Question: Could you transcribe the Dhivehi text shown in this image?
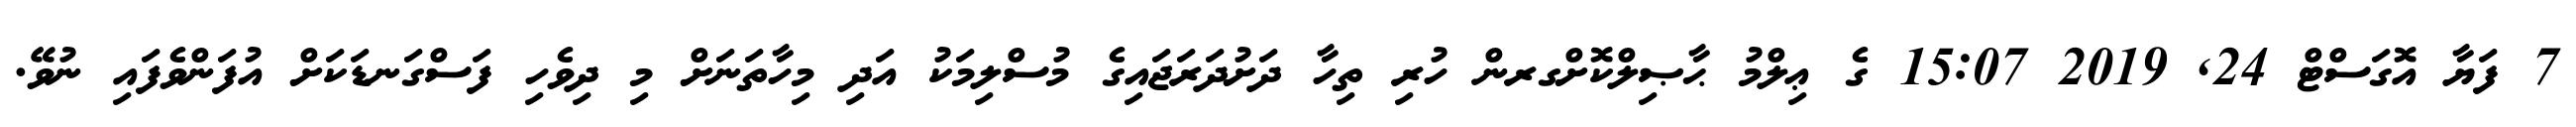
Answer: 7 ފަޔާ އޮގަސްޓް 24, 2019 15:07 ގެ ޢިލްމު ޙާޞިލްކޮށްގރން ހުރި ތިހާ ދަށުދަރަޖައިގެ މުސްލިމަކު އަދި މިހާތަނަށް މި ދިވެހި ފަސްގަނޑަކަށް އުފަންވެފައި ނުވޭ.